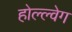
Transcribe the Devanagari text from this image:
होल्ल्वेग